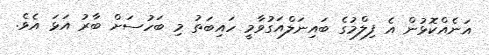
އަނެއްކޮޅުން އެ ފިލްމުގެ ބައިނަލްއަގުވާމީ ހައިބަތު މި ބަހުސަށް ބާރު އަޅަ އެވެ.